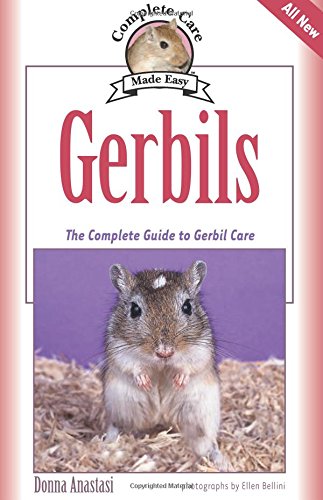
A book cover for Gerbils: The Complete Guide to Gerbil Care (Complete Care Made Easy); Donna Anastasi; Crafts, Hobbies & Home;